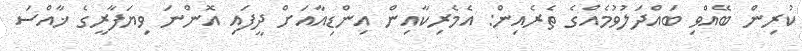
ކުރިން ބޭއްވި ބައްދަލުވުމެއްގެ ތެރެއިން: އެމެރިކާއިން އިންޑިއާއަށް ދީފައި އޮންނަ ވިޔަފާރީގެ ޚާއްސަ